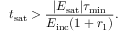
t _ { \mathrm { s a t } } > \frac { | E _ { \mathrm { s a t } } | \tau _ { \mathrm { m i n } } } { E _ { \mathrm { i n c } } ( 1 + r _ { 1 } ) } .